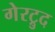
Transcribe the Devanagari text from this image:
गेरट्रुद